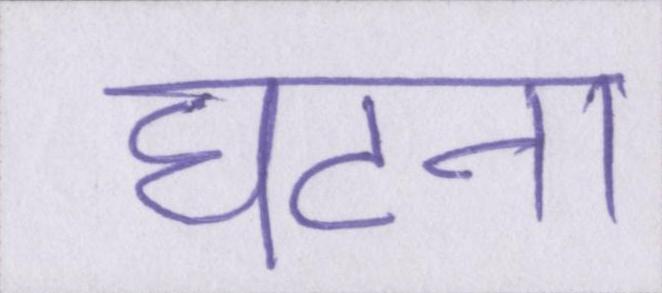
घटना